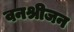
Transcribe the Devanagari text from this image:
वनश्रीजन